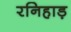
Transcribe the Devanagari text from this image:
रनिहाड़